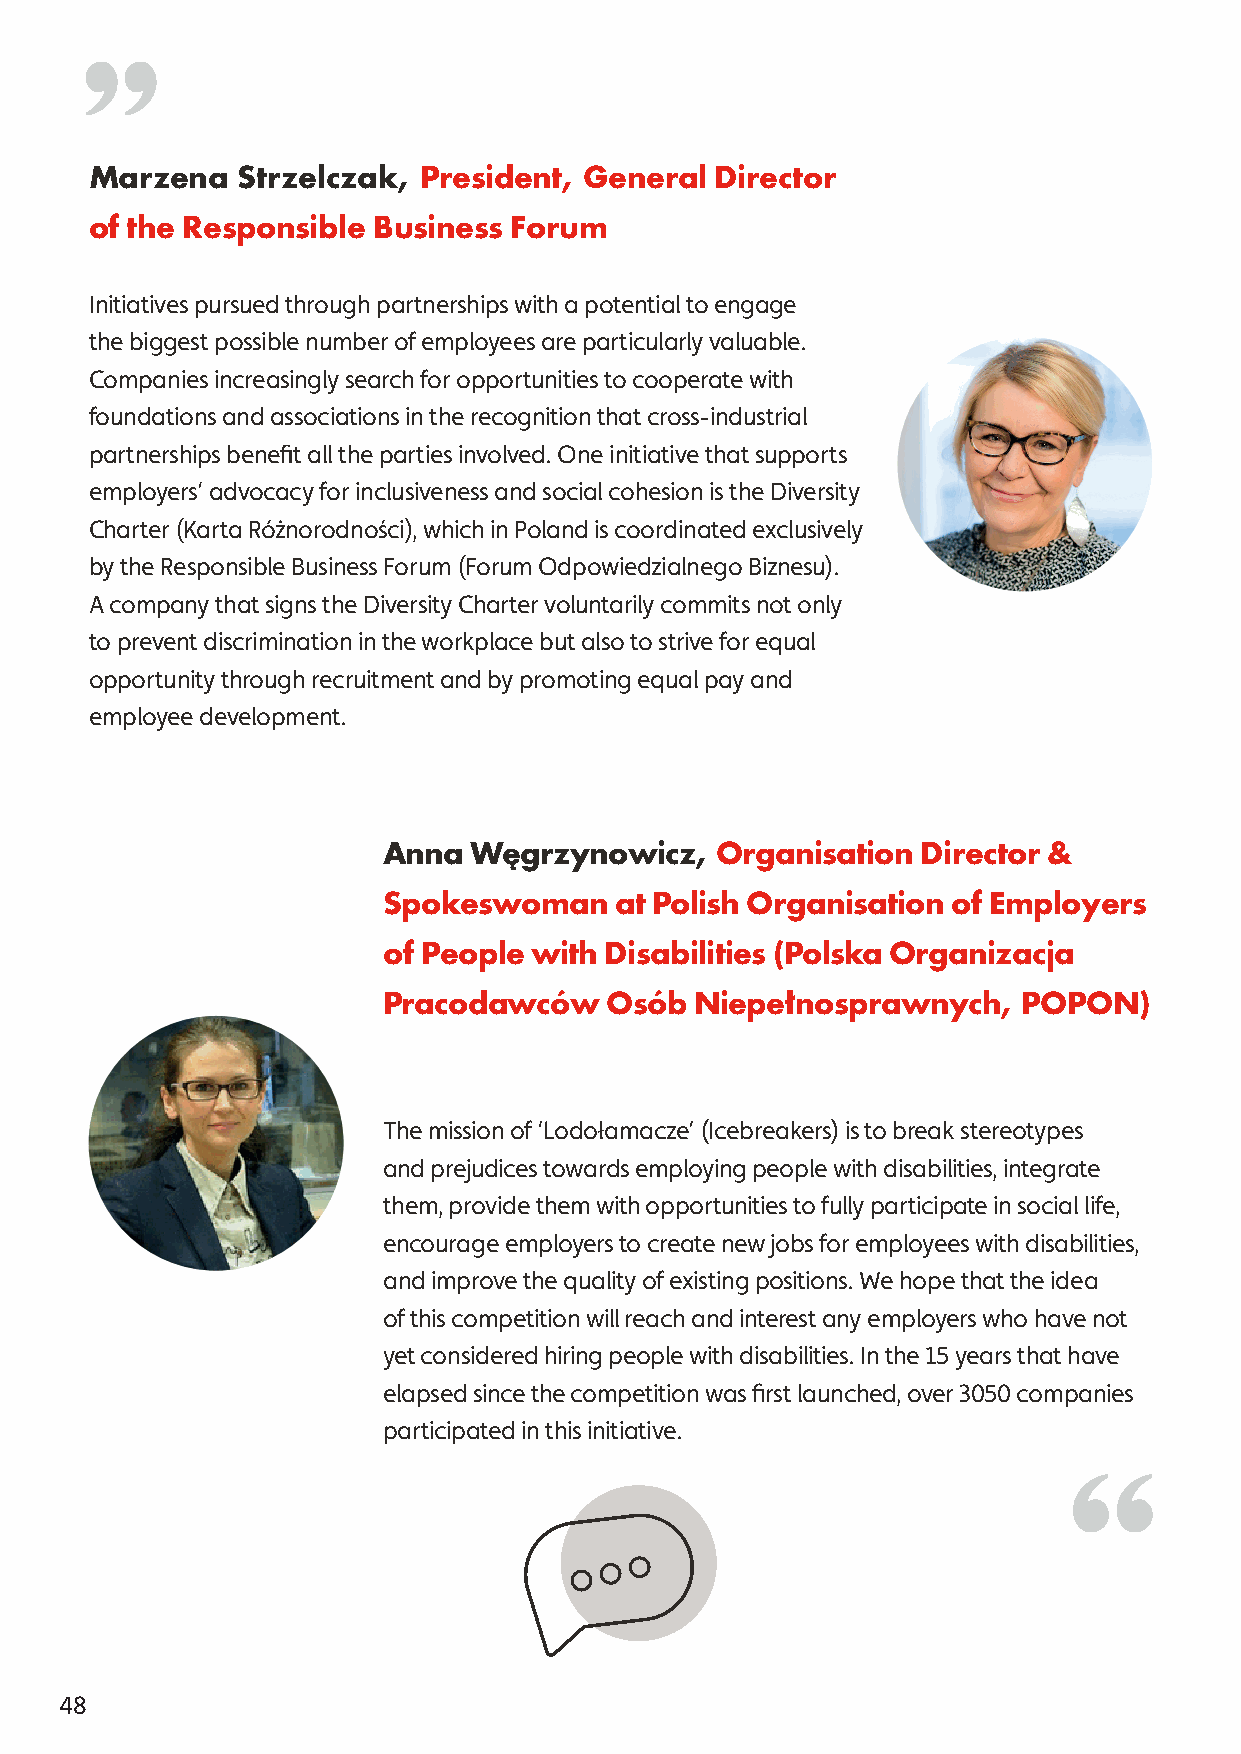
Marzena   Strzelczak, President, General Director
 of the Responsible Business Forum
 Initiatives pursued through partnerships with a potential to engage
 the biggest possible number of employees are particularly valuable.
 Companies increasingly search for opportunities to cooperate with
 foundations and associations in the recognition that cross-industrial
 partnerships benefit all the parties involved. One initiative that supports
 employers’ advocacy for inclusiveness and social cohesion is the Diversity
 Charter (Karta Różnorodności), which in Poland is coordinated exclusively
 by the Responsible Business Forum (Forum Odpowiedzialnego Biznesu).
 A company that signs the Diversity Charter voluntarily commits not only
 to prevent discrimination in the workplace but also to strive for equal
 opportunity through recruitment and by promoting equal pay and
 employee development.
 Anna  Węgrzynowicz,   Organisation  Director &
 Spokeswoman     at Polish Organisation of Employers
 of People with Disabilities (Polska Organizacja
 Pracodawców    Osób  Niepełnosprawnych,    POPON)
 The mission of ‘Lodołamacze’ (Icebreakers) is to break stereotypes
 and prejudices towards employing people with disabilities, integrate
 them, provide them with opportunities to fully participate in social life,
 encourage employers to create new jobs for employees with disabilities,
 and improve the quality of existing positions. We hope that the idea
 of this competition will reach and interest any employers who have not
 yet considered hiring people with disabilities. In the 15 years that have
 elapsed since the competition was first launched, over 3050 companies
 participated in this initiative.
 48